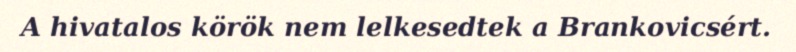
A hivatalos körök nem lelkesedtek a Brankovicsért.